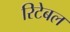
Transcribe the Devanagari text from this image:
रिटेबल